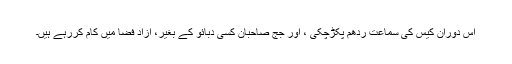
اس دوران کیس کی سماعت ردھم پکڑچکی ، اور جج صاحبان کسی دبائو کے بغیر، آزاد فضا میں کام کررہے ہیں۔